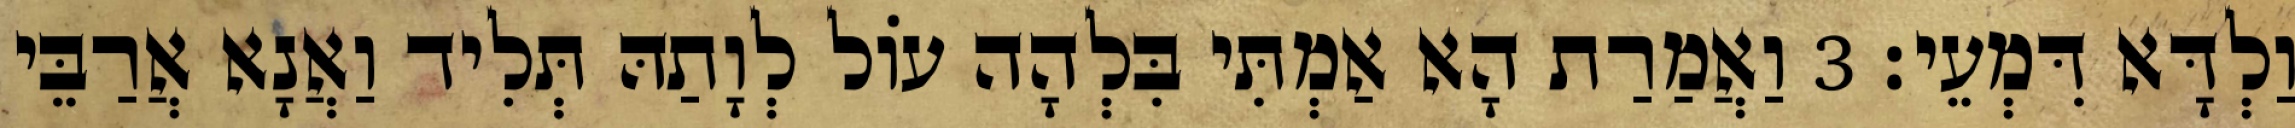
וַלְדָּא דִּמְעֵי׃ 3 וַאֲמַרַת הָא אַמְתִּי בִּלְהָה עוֹל לְוָתַהּ תְּלִיד וַאֲנָא אֲרַבֵּי